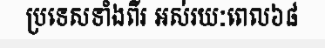
ប្រទេសទាំងពីរ អស់រយៈពេល៦៨